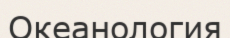
Океанология